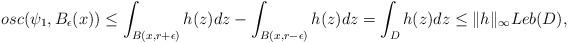
LaTeX: \begin{align*} \ osc(\psi_1,B_\epsilon(x))\leq \int_{B(x,r+\epsilon)} h(z)dz-\int_{B(x,r-\epsilon)} h(z)dz= \int_{D} h(z)dz \leq \|h\|_{\infty}Leb(D),\end{align*}